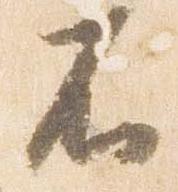
不